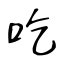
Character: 吃